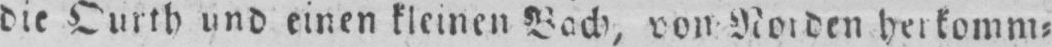
die Ourth und einen kleinen Bach von Norden herkomm⸗